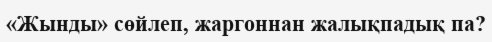
«Жынды» сөйлеп, жаргоннан жалықпадық па?